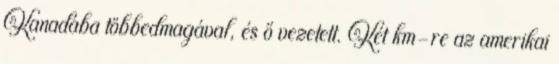
Kanadába többedmagával, és ő vezetett. Két km-re az amerikai